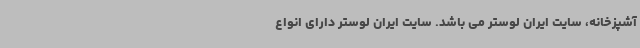
آشپزخانه، سایت ایران لوستر می باشد. سایت ایران لوستر دارای انواع